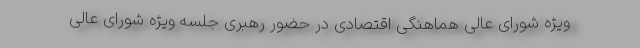
ویژه شورای عالی هماهنگی اقتصادی در حضور رهبری جلسه ویژه شورای عالی